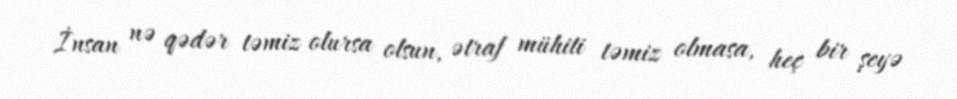
İnsan nə qədər təmiz olursa olsun, ətraf mühiti təmiz olmasa, heç bir şeyə